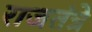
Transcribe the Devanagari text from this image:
राजतंत्रे